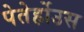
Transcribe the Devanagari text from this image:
पेतेर्होउस